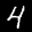
Label: 4